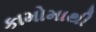
કામોમાથી